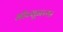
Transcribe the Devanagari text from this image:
मॉन्सूनच्या